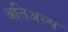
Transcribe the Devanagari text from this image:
अतिअल्प